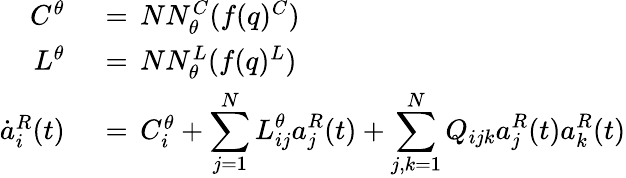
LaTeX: \begin{array}{rl}{C^{\theta}\, }&{{}=\, NN_{\theta}^{C}(f(q)^{C})}\\ {L^{\theta}\, }&{{}=\, NN_{\theta}^{L}(f(q)^{L})}\\ {\dot{a}_{i}^{R}(t)\, }&{{}=\, C_{i}^{\theta}+\displaystyle\sum_{j=1}^{N}L_{ij}^{\theta}a_{j}^{R}(t)+\displaystyle\sum_{j,k=1}^{N}Q_{ijk}a_{j}^{R}(t)a_{k}^{R}(t)}\end{array}